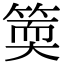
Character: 𥯬